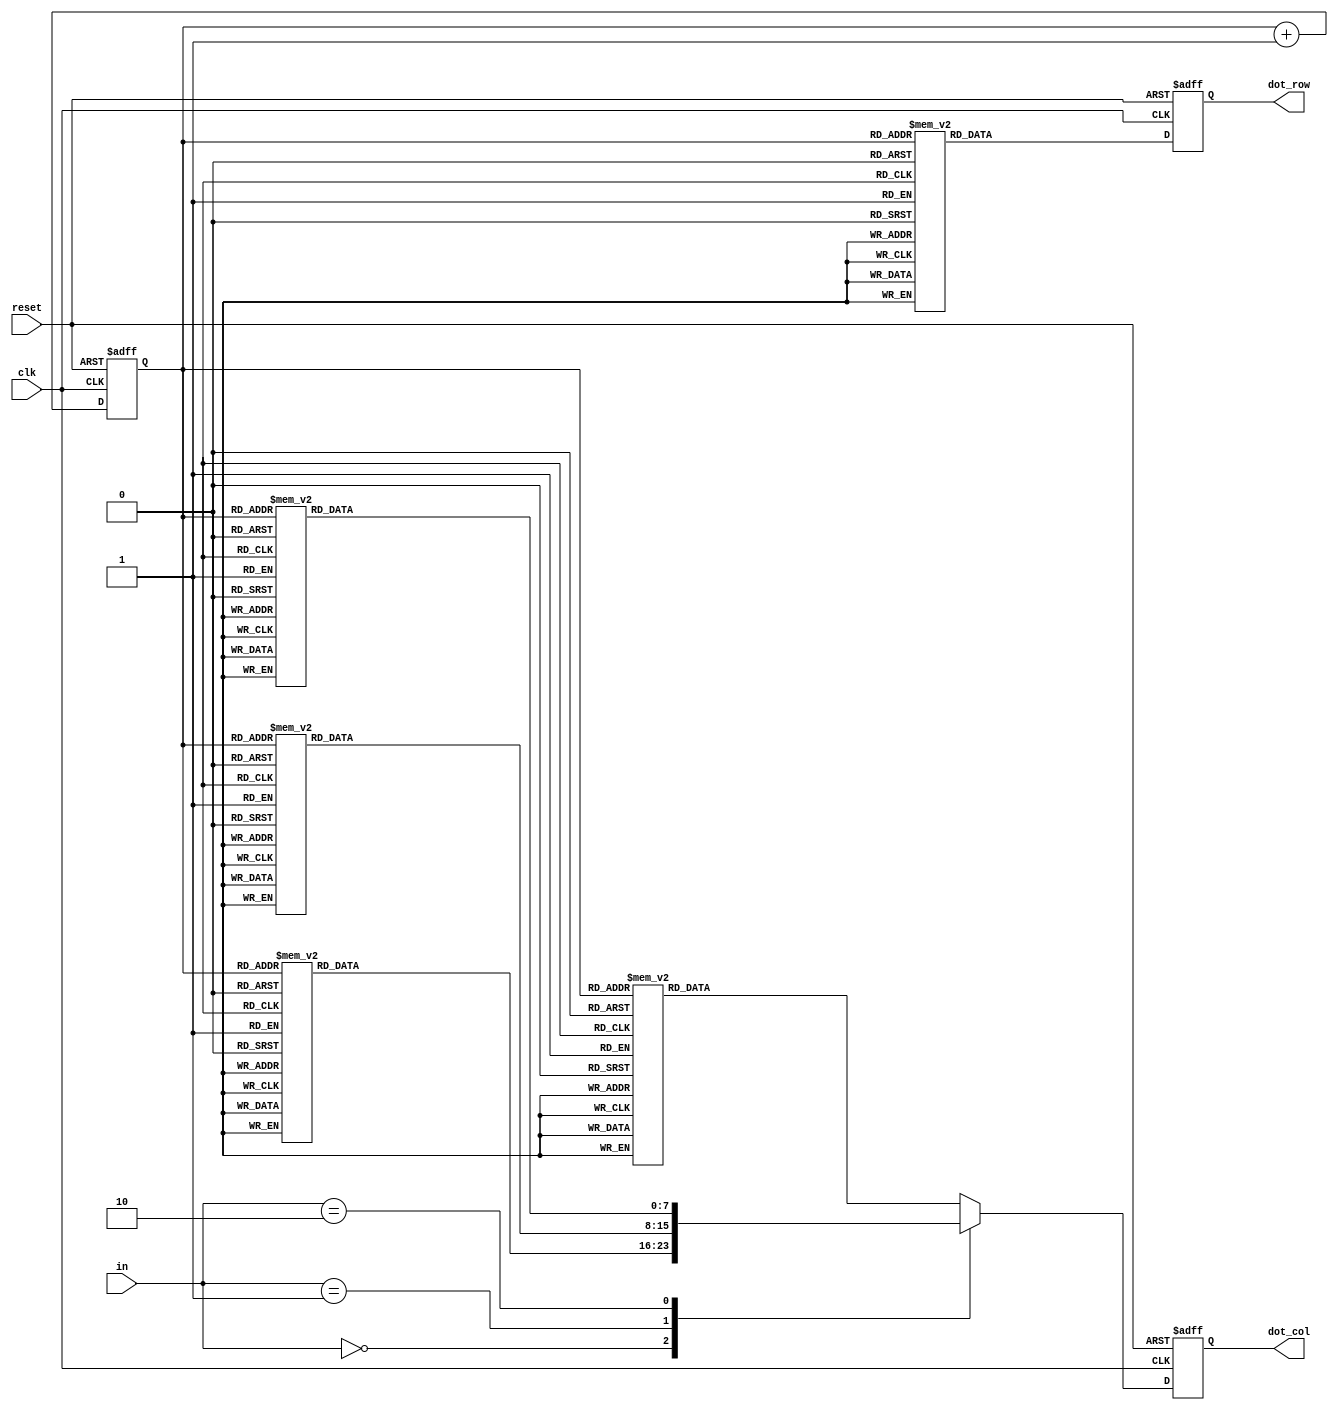
module DotMatrixDisplay(in, clk, reset, dot_row, dot_col);
input clk, reset;
input [1:0] in;
output  reg [7:0] dot_row, dot_col;
reg [2:0] row_count;
always@(posedge clk or negedge reset)begin
	if(!reset)begin
		dot_row <= 8'b0;
		dot_col <= 8'b0;
		row_count <= 3'b0;
	end
	else begin
		row_count <= row_count+1;
		case(row_count)
			3'd0 : dot_row <= 8'b01111111;
			3'd1 : dot_row <= 8'b10111111;
			3'd2 : dot_row <= 8'b11011111;
			3'd3 : dot_row <= 8'b11101111;
			3'd4 : dot_row <= 8'b11110111;
			3'd5 : dot_row <= 8'b11111011;
			3'd6 : dot_row <= 8'b11111101;
			3'd7 : dot_row <= 8'b11111110;
		endcase
		case(in)
			2'b00 : begin
				case(row_count)
					3'd0 : dot_col <= 8'b00001100;
					3'd1 : dot_col <= 8'b00001100;
					3'd2 : dot_col <= 8'b00011001;
					3'd3 : dot_col <= 8'b01111110;
					3'd4 : dot_col <= 8'b10011000;
					3'd5 : dot_col <= 8'b00011000;
					3'd6 : dot_col <= 8'b00101000;
					3'd7 : dot_col <= 8'b01001000;
				endcase
			end
			2'b01 : begin
				case(row_count)
					3'd0 : dot_col <= 8'b00000000;
					3'd1 : dot_col <= 8'b00100100;
					3'd2 : dot_col <= 8'b00111100;
					3'd3 : dot_col <= 8'b10111101;
					3'd4 : dot_col <= 8'b11111111;
					3'd5 : dot_col <= 8'b00111100;
					3'd6 : dot_col <= 8'b00111100;
					3'd7 : dot_col <= 8'b00000000;
				endcase
			end
			2'b10 : begin
				case(row_count)
					3'd0 : dot_col <= 8'b00011000;
					3'd1 : dot_col <= 8'b00011000;
					3'd2 : dot_col <= 8'b00111100;
					3'd3 : dot_col <= 8'b00111100;
					3'd4 : dot_col <= 8'b01011010;
					3'd5 : dot_col <= 8'b00011000;
					3'd6 : dot_col <= 8'b00011000;
					3'd7 : dot_col <= 8'b00100100;
				endcase
			end
			default : begin
				case(row_count)
					3'd0 : dot_col <= 8'b00011000;
					3'd1 : dot_col <= 8'b00100100;
					3'd2 : dot_col <= 8'b01000010;
					3'd3 : dot_col <= 8'b10000001;
					3'd4 : dot_col <= 8'b01000010;
					3'd5 : dot_col <= 8'b01000010;
					3'd6 : dot_col <= 8'b01000010;
					3'd7 : dot_col <= 8'b01111110;
				endcase
			end
		endcase
	end		
end
endmodule